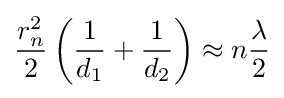
{\frac {r_{n}^{2}}{2}}\left({\frac {1}{d_{1}}}+{\frac {1}{d_{2}}}\right)\approx n{\frac {\lambda }{2}}